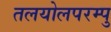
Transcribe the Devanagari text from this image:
तलयोलपरम्पु